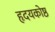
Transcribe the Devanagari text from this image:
हृदयकोष्ठ